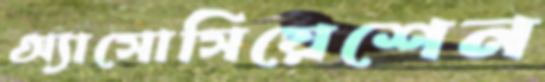
অ্যাসোসিয়েশেন